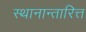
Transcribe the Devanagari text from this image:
स्थानान्तारित्त